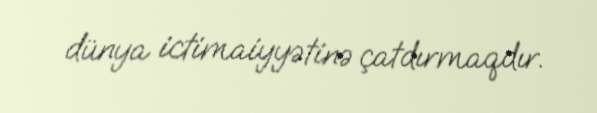
dünya ictimaiyyətinə çatdırmaqdır.